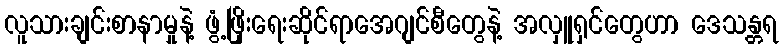
လူသားချင်းစာနာမှုနဲ့ ဖွံ့ဖြိုးရေးဆိုင်ရာအေဂျင်စီတွေနဲ့ အလှူရှင်တွေဟာ ဒေသန္တရ